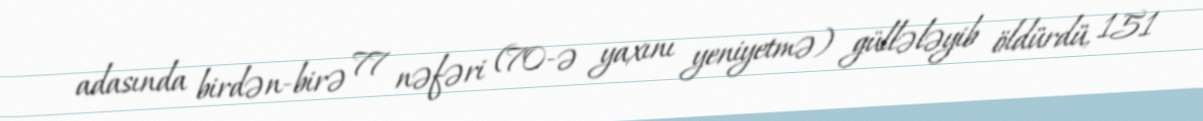
adasında birdən-birə 77 nəfəri (70-ə yaxını yeniyetmə) güllələyib öldürdü, 151